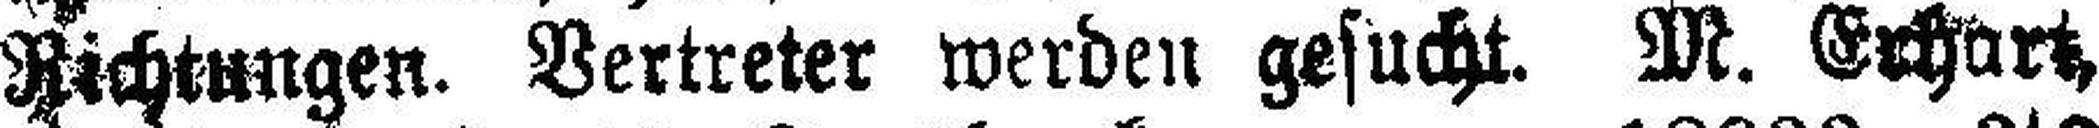
Richtungen. Vertreter werden gesucht. M. Erhart,